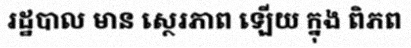
រដ្ឋបាល មាន ស្ថេរភាព ឡើយ ក្នុង ពិភព